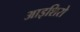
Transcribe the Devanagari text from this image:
आइशिरो